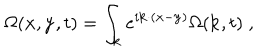
\Omega ( { \bf x } , { \bf y } , t ) = \int _ { { \bf k } } e ^ { i { \bf k } \cdot ( { \bf x } - { \bf y } ) } \Omega ( { \bf k } , t ) \; ,